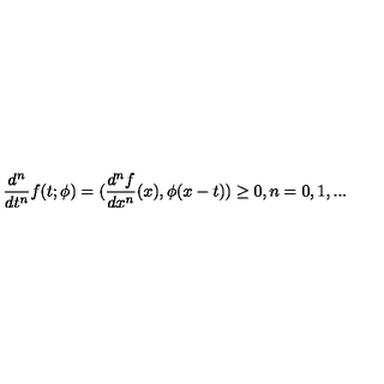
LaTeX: \frac { d ^ { n } } { d t ^ { n } } f ( t ; \phi ) = ( \frac { d ^ { n } f } { d x ^ { n } } ( x ) , \phi ( x - t ) ) \geq 0 , n = 0 , 1 , . . .